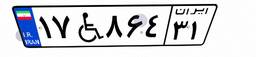
۱۷W۸۶۴۳۱